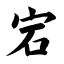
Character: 宕